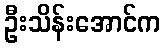
ဦးသိန်းအောင်က